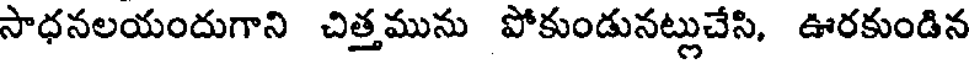
సాధనలయందుగాని చిత్తమును పోకుండునట్లుచేసి, ఊరకుండిన